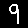
Digit: 9